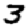
Digit: 3